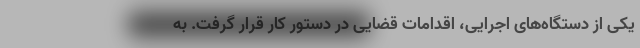
یکی از دستگاه‌های اجرایی، اقدامات قضایی در دستور کار قرار گرفت. به